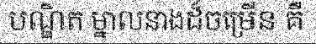
បណ្ឌិត ម្នាលនាងដ៏ចម្រើន គឺ